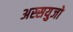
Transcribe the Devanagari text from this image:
अस्सयुजो